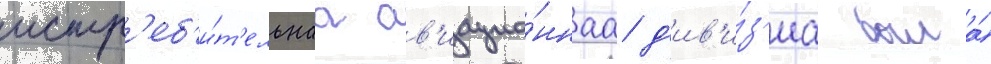
истр'еб'и́т'ельнаа ав'иацио́ннаа д'ив'и́з'иа была́